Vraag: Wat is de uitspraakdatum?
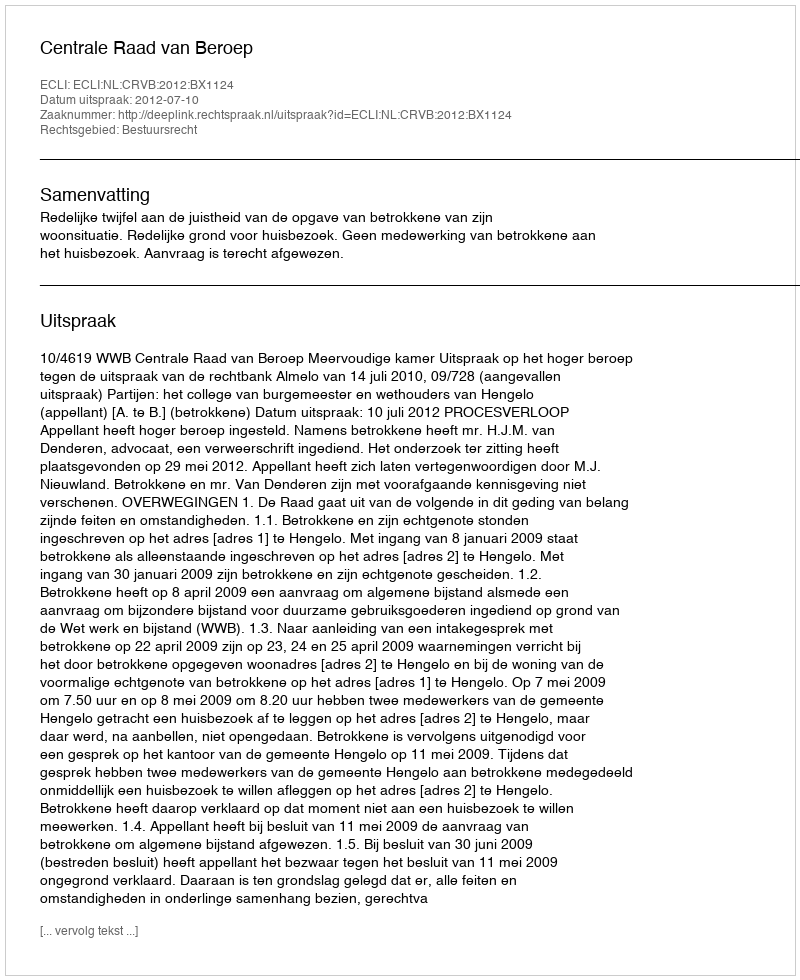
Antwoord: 2012-07-10